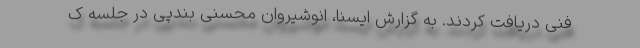
فنی دریافت کردند. به گزارش ایسنا، انوشیروان محسنی بندپی در جلسه ک